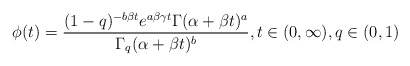
\begin{align*} \phi(t)=\frac{(1-q)^{-b\beta t}e^{a\beta \gamma t}\Gamma(\alpha+\beta t)^a}{\Gamma_q(\alpha+\beta t)^b}, t\in (0,\infty), q\in(0,1)\end{align*}